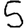
Digit: 5